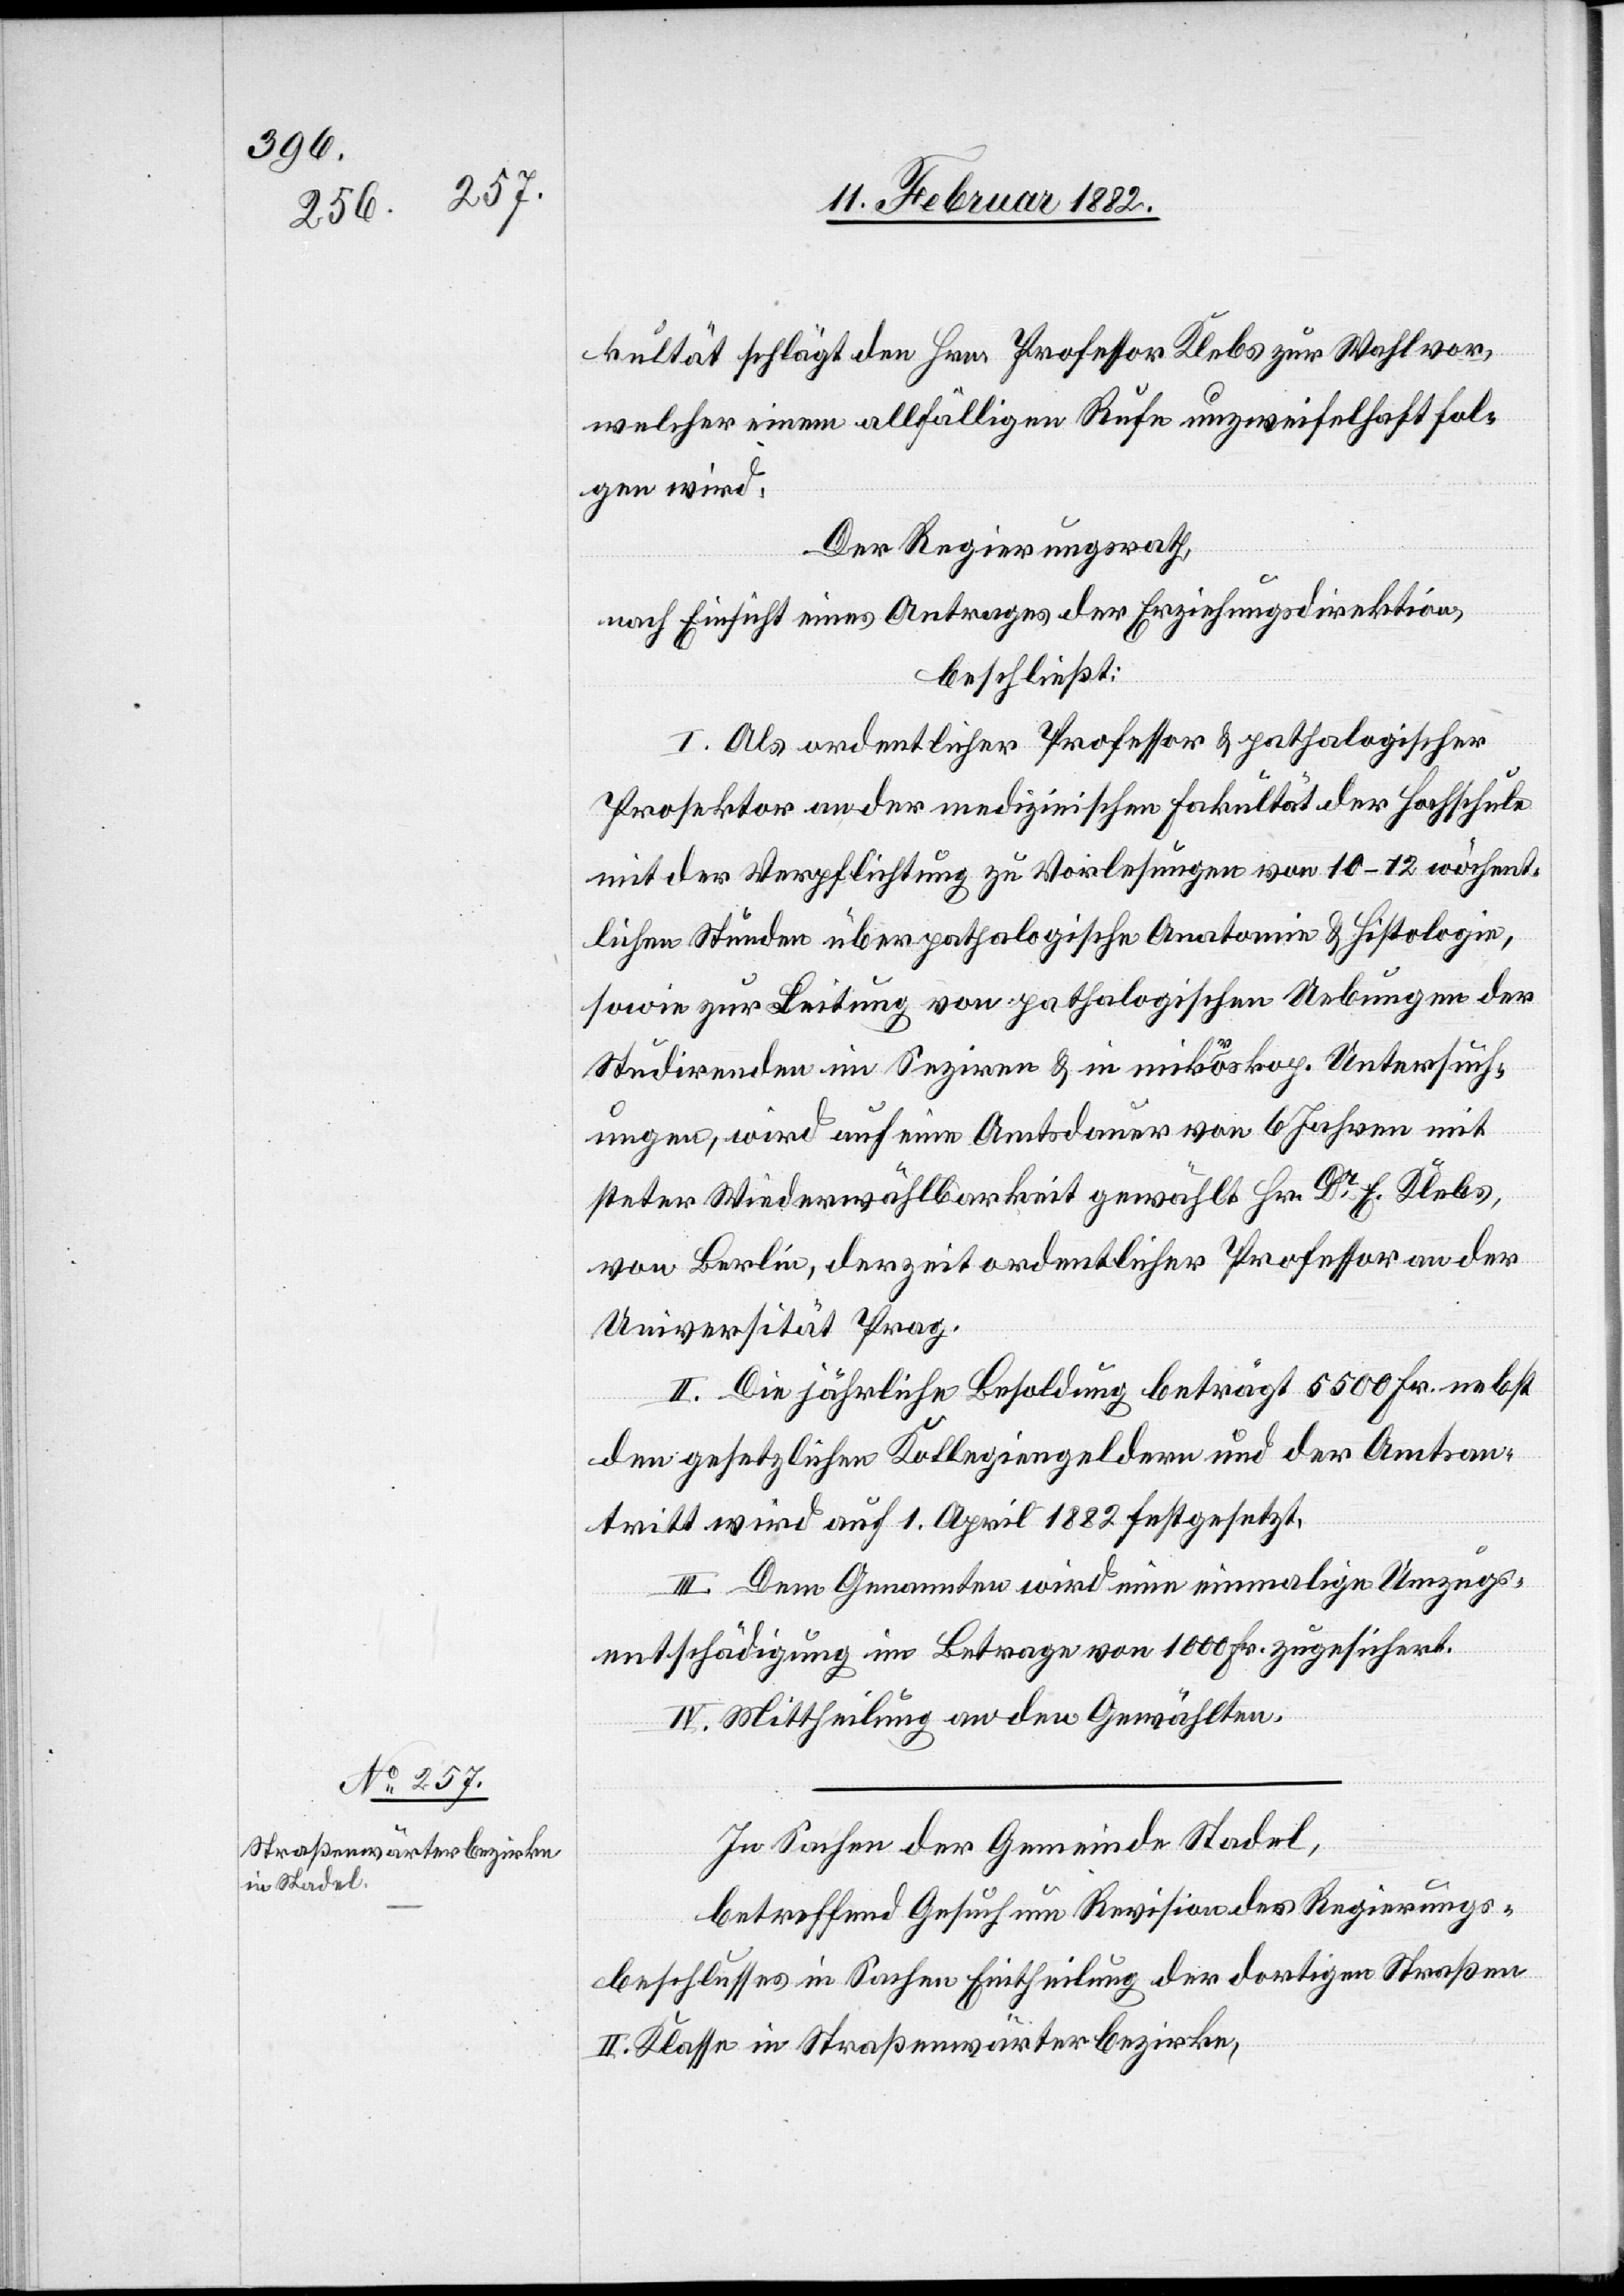
kultät schlägt den Hrn. Professor Klebs zur Wahl vor,
welcher einem allfälligen Rufe unzweifelhaft fol¬
gen wird.
Der Regierungsrath,
nach Einsicht eines Antrages der Erziehungsdirektion,
beschließt:
I. Als ordentlicher Professor & pathologischer
Prosektor an der medizinischen Fakultät der Hochschule
mit der Verpflichtung zu Vorlesungen von 10–12 wöchent¬
lichen Stunden über pathologische Anatomie & Histologie,
sowie zur Leitung von pathologischen Uebungen der
Studirenden im Seziren & in mikroskop. Untersuch¬
ungen, wird auf eine Amtsdauer von 6 Jahren mit
steter Wiederwählbarkeit gewählt Hr. Dr E. Klebs,
von Berlin, derzeit ordentlicher Professor an der
Universität Prag.
II. Die jährliche Besoldung beträgt 5500 Fr. nebst
den gesetzlichen Kollegiengeldern und der Amtsan¬
tritt wird auf 1. April 1882 festgesetzt.
III. Dem Genannten wird eine einmalige Umzugs¬
entschädigung im Betrage von 1000 Fr. zugesichert.
IV. Mittheilung an den Gewählten.
In Sachen der Gemeinde Stadel,
betreffend Gesuch um Revision des Regierungs¬
beschlusses in Sachen Eintheilung der dortigen Straßen
II. Klasse in Straßenwärterbezirken,